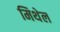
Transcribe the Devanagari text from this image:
मिथेल